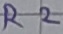
Text: R2